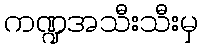
ကဏ္ဍအသီးသီးမှ